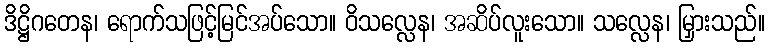
ဒိဋ္ဌိဂတေန၊ ရောက်သဖြင့်မြင်အပ်သော။ ဝိသလ္လေန၊ အဆိပ်လူးသော။ သလ္လေန၊ မြှားသည်။